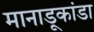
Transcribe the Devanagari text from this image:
मानाडूकांडा